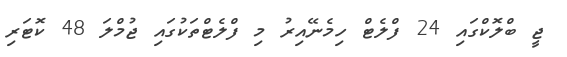
ޖީ ބްލޮކްގައި 24 ފްލެޓް ހިމެނޭއިރު މި ފްލެޓްތަކުގައި ޖުމްލަ 48 ކޮޓަރި